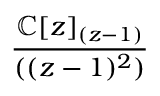
\frac { \mathbb { C } [ z ] _ { ( z - 1 ) } } { ( ( z - 1 ) ^ { 2 } ) }